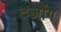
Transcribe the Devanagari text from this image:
दज़ोंग